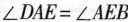
\angle DAE=\angle AEB